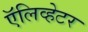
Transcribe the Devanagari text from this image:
ऍलिव्हेटर